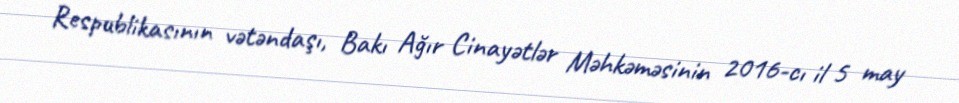
Respublikasının vətəndaşı, Bakı Ağır Cinayətlər Məhkəməsinin 2016-cı il 5 may